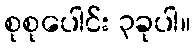
စုစုပေါင်း ၃ခုပါ။